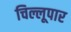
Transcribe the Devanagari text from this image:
चिल्लूपार